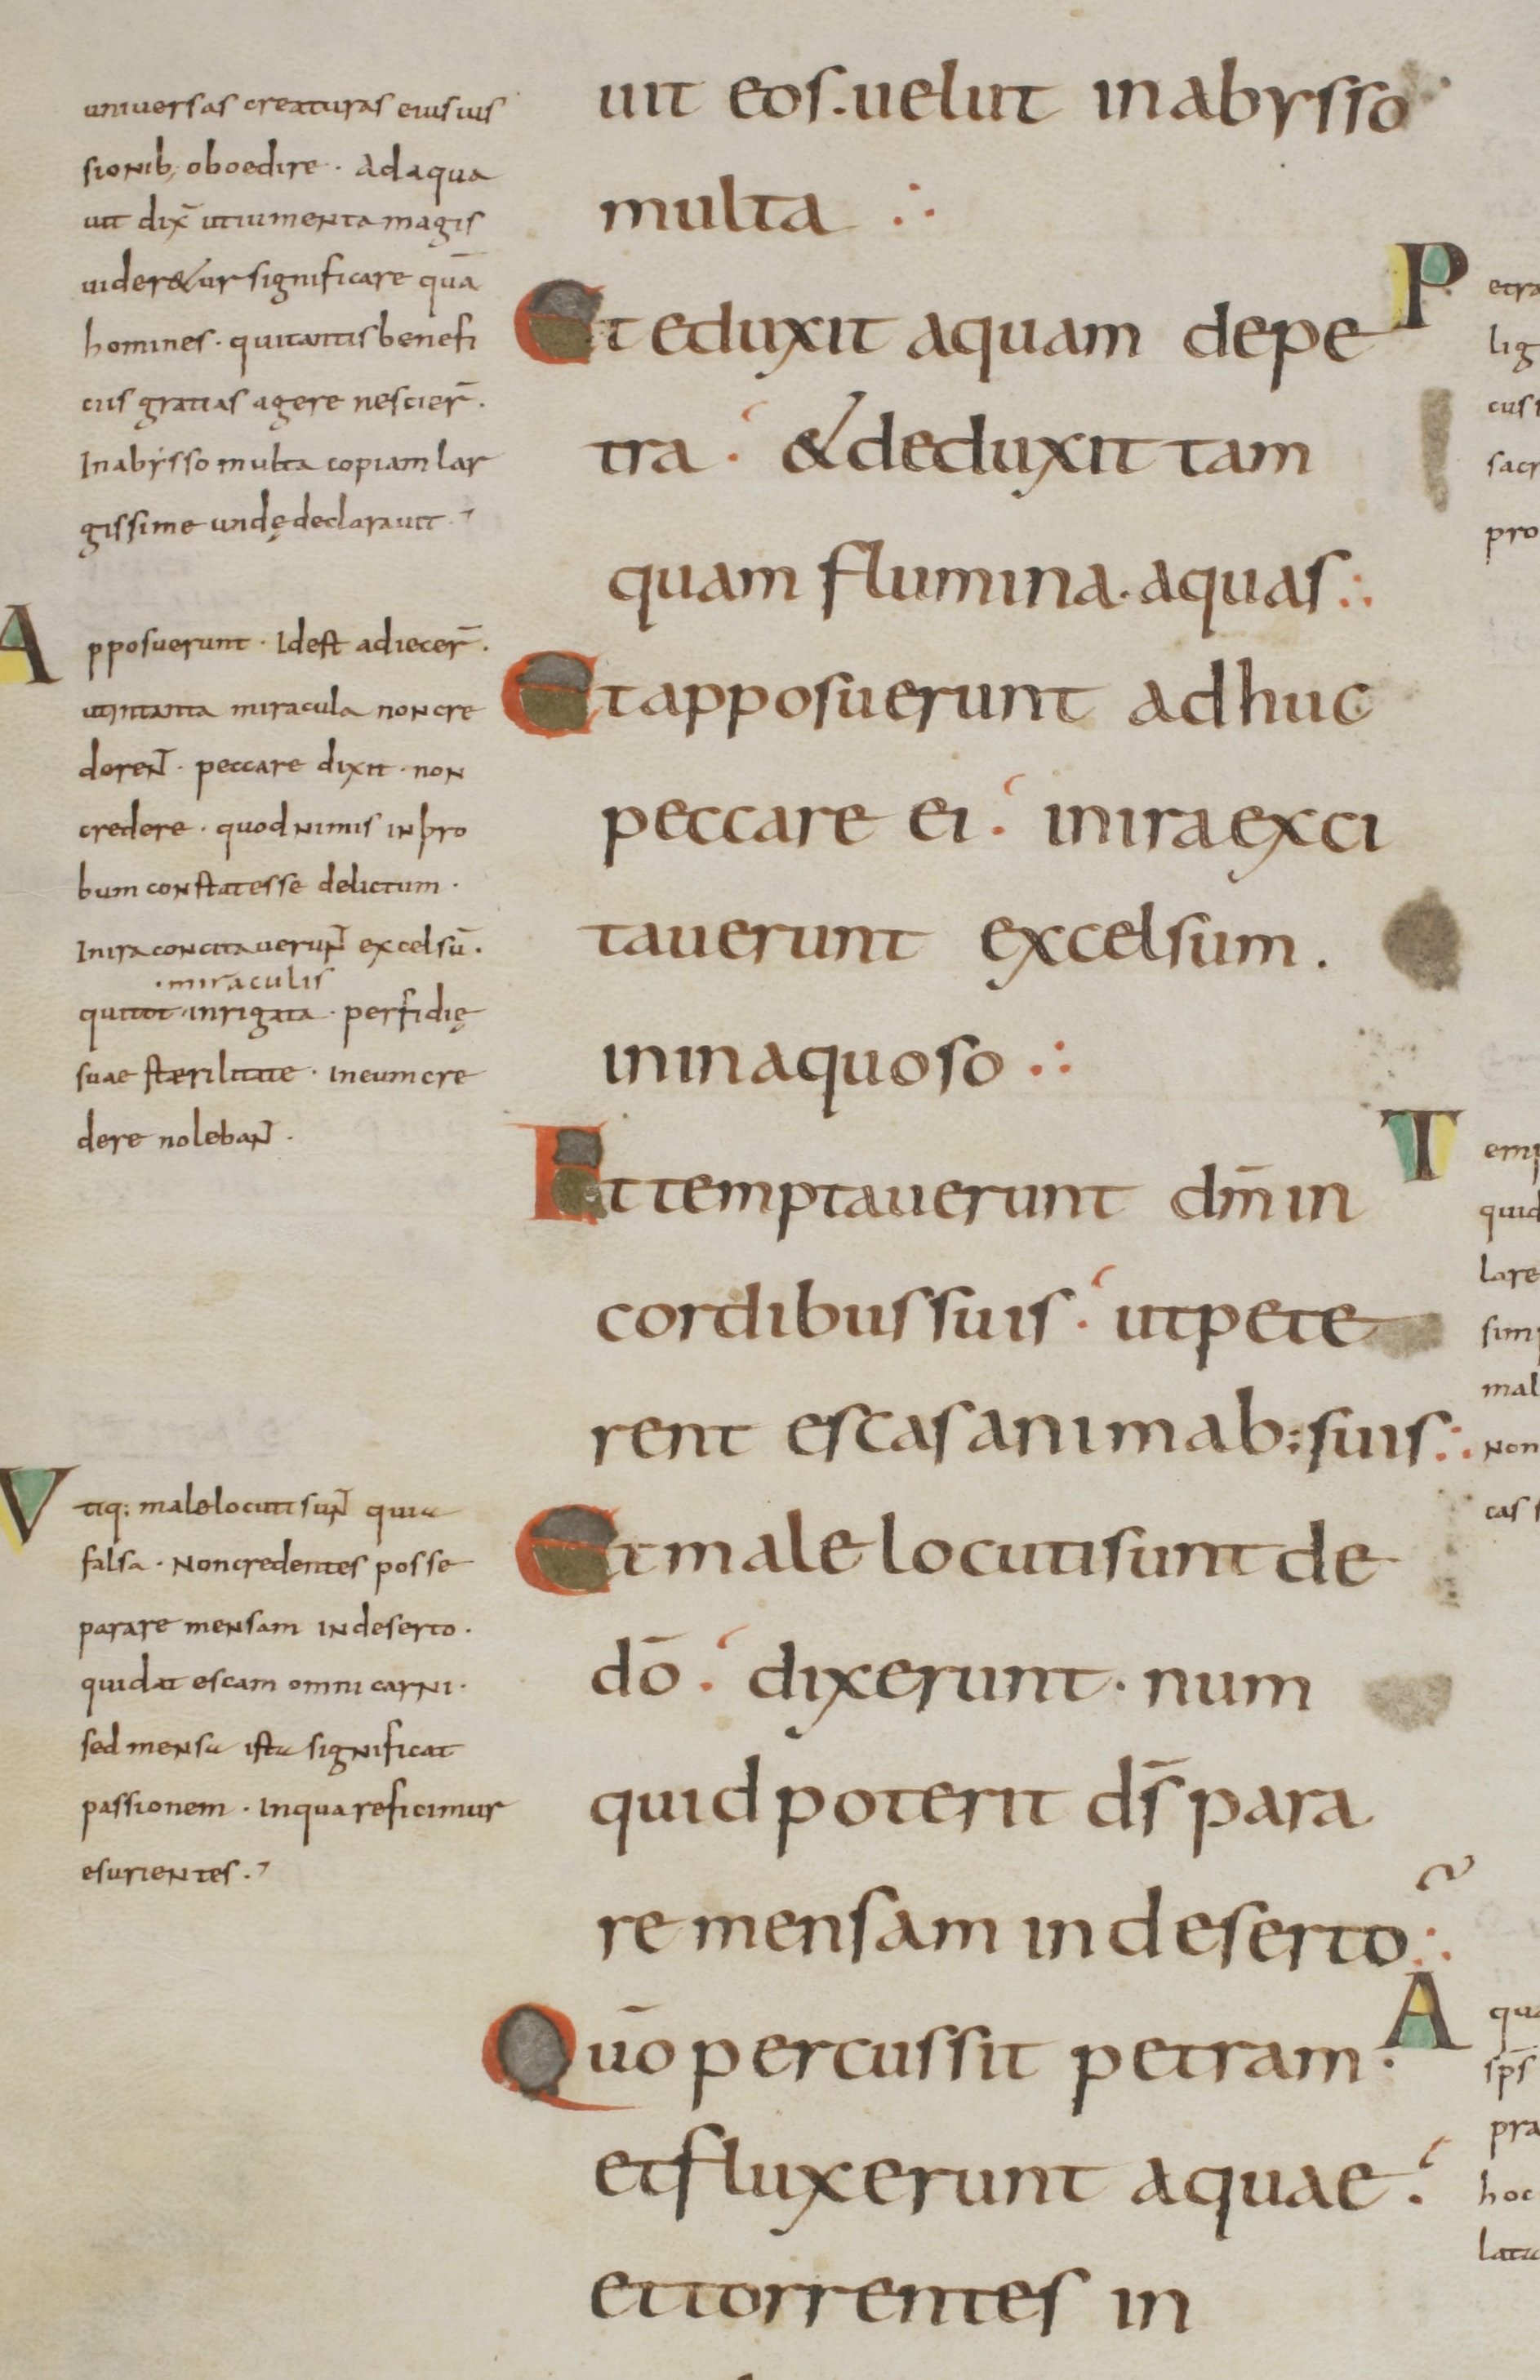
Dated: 800–899